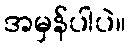
အမှန်ပါပဲ။